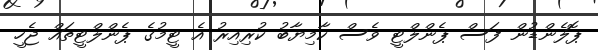
ޕޮލެންޑުން ފަސް ޕެންލްޓީ ވެސް ކާމިޔާބު ކުރިއިރު އެ ޓީމުގެ ޕެންލްޓީތައް ޖެހީ